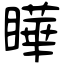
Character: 瞱